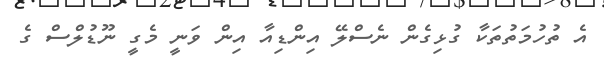
އެ ތުހުމަތުތަކާ ގުޅިގެން ނެސްލޭ އިންޑިއާ އިން ވަނީ މެގީ ނޫޑުލްސް ގެ